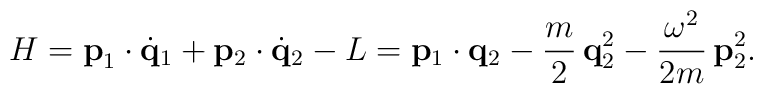
H={\bf p}_1\cdot\dot{\bf q}_1+{\bf p}_2\cdot\dot{\bf q}_2-L= {\bf p}_1\cdot{\bf q}_2-{m\over2}\,{\bf q}_2^2-{\omega^2\over2m}\,{\bf p}_2^2.